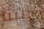
جلبنا